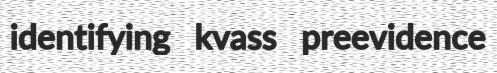
identifying kvass preevidence